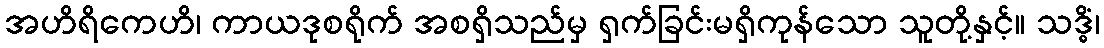
အဟိရိကေဟိ၊ ကာယဒုစရိုက် အစရှိသည်မှ ရှက်ခြင်းမရှိကုန်သော သူတို့နှင့်။ သဒ္ဓိံ၊